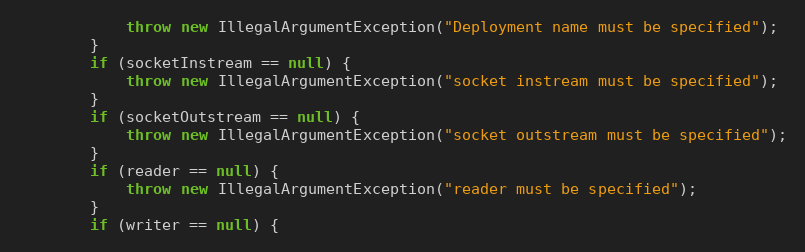
Language: Java
            throw new IllegalArgumentException("Deployment name must be specified");
        }
        if (socketInstream == null) {
            throw new IllegalArgumentException("socket instream must be specified");
        }
        if (socketOutstream == null) {
            throw new IllegalArgumentException("socket outstream must be specified");
        }
        if (reader == null) {
            throw new IllegalArgumentException("reader must be specified");
        }
        if (writer == null) {